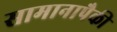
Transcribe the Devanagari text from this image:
सामानापैकी